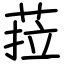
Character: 菈